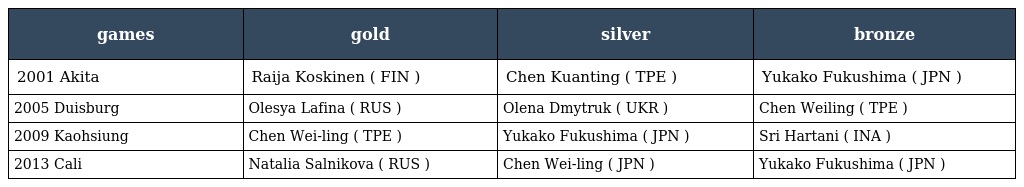
| games | gold | silver | bronze |
 | --- | --- | --- | --- |
 | 2001 Akita | Raija Koskinen ( FIN ) | Chen Kuanting ( TPE ) | Yukako Fukushima ( JPN ) |
 | 2005 Duisburg | Olesya Lafina ( RUS ) | Olena Dmytruk ( UKR ) | Chen Weiling ( TPE ) |
 | 2009 Kaohsiung | Chen Wei-ling ( TPE ) | Yukako Fukushima ( JPN ) | Sri Hartani ( INA ) |
 | 2013 Cali | Natalia Salnikova ( RUS ) | Chen Wei-ling ( JPN ) | Yukako Fukushima ( JPN ) |